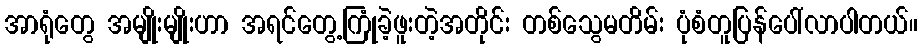
အာရုံတွေ အမျိုးမျိုးဟာ အရင်တွေ့ကြုံခဲ့ဖူးတဲ့အတိုင်း တစ်သွေမတိမ်း ပုံစံတူပြန်ပေါ်လာပါတယ်။